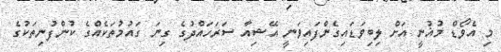
މި އެވޯޑް މުޣުނީ އަށް ލިބިވަޑައިގެންފައިވަނީ އޭޝިއާ ސަރަހައްދުގެ ގިނަ ގައުމުތަކެއްގެ ކުންފުނިތަކުގެ